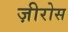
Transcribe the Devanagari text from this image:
ज़ीरोस